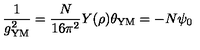
\frac { 1 } { g _ { \mathrm { Y M } } ^ { 2 } } = \frac { N } { 1 6 \pi ^ { 2 } } Y ( \rho ) \theta _ { \mathrm { Y M } } = - N \psi _ { 0 }